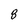
Character: 8